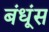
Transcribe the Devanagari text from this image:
बंधूंस